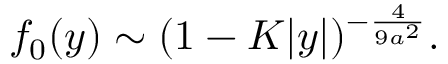
f _ { 0 } ( y ) \sim ( 1 - K | y | ) ^ { - { \frac { 4 } { 9 a ^ { 2 } } } } .